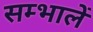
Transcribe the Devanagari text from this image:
सम्भालें